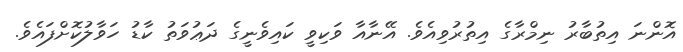
އޮންނަ އިތުބާރު ނިމްރާގެ އިތުރުވިއެވެ. އޭނާއާ ވަކިވީ ކައިވެނީގެ ދަޢުވަތު ކާޑު ހަވާލުކޮށްފައެވެ.